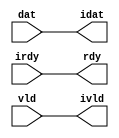

//------> /usr/cadtool/mentor/Catapult/2024.1/Mgc_home/pkgs/siflibs/ccs_in_wait_v1.v 
//------------------------------------------------------------------------------
// Catapult Synthesis - Sample I/O Port Library
//
// Copyright (c) 2003-2017 Mentor Graphics Corp.
//       All Rights Reserved
//
// This document may be used and distributed without restriction provided that
// this copyright statement is not removed from the file and that any derivative
// work contains this copyright notice.
//
// The design information contained in this file is intended to be an example
// of the functionality which the end user may study in preparation for creating
// their own custom interfaces. This design does not necessarily present a 
// complete implementation of the named protocol or standard.
//
//------------------------------------------------------------------------------


module ccs_in_wait_v1 (idat, rdy, ivld, dat, irdy, vld);

  parameter integer rscid = 1;
  parameter integer width = 8;

  output [width-1:0] idat;
  output             rdy;
  output             ivld;
  input  [width-1:0] dat;
  input              irdy;
  input              vld;

  wire   [width-1:0] idat;
  wire               rdy;
  wire               ivld;

  localparam stallOff = 0; 
  wire                  stall_ctrl;
  assign stall_ctrl = stallOff;

  assign idat = dat;
  assign rdy = irdy && !stall_ctrl;
  assign ivld = vld && !stall_ctrl;

endmodule


//------> /usr/cadtool/mentor/Catapult/2024.1/Mgc_home/pkgs/siflibs/ccs_out_wait_v1.v 
//------------------------------------------------------------------------------
// Catapult Synthesis - Sample I/O Port Library
//
// Copyright (c) 2003-2017 Mentor Graphics Corp.
//       All Rights Reserved
//
// This document may be used and distributed without restriction provided that
// this copyright statement is not removed from the file and that any derivative
// work contains this copyright notice.
//
// The design information contained in this file is intended to be an example
// of the functionality which the end user may study in preparation for creating
// their own custom interfaces. This design does not necessarily present a 
// complete implementation of the named protocol or standard.
//
//------------------------------------------------------------------------------


module ccs_out_wait_v1 (dat, irdy, vld, idat, rdy, ivld);

  parameter integer rscid = 1;
  parameter integer width = 8;

  output [width-1:0] dat;
  output             irdy;
  output             vld;
  input  [width-1:0] idat;
  input              rdy;
  input              ivld;

  wire   [width-1:0] dat;
  wire               irdy;
  wire               vld;

  localparam stallOff = 0; 
  wire stall_ctrl;
  assign stall_ctrl = stallOff;

  assign dat = idat;
  assign irdy = rdy && !stall_ctrl;
  assign vld = ivld && !stall_ctrl;

endmodule



//------> ./rtl.v 
// ----------------------------------------------------------------------
//  HLS HDL:        Verilog Netlister
//  HLS Version:    2024.1/1091966 Production Release
//  HLS Date:       Wed Feb 14 09:07:18 PST 2024
// 
//  Generated by:   m111061545@ws41
//  Generated date: Sun Apr  7 21:39:48 2024
// ----------------------------------------------------------------------

// 
// ------------------------------------------------------------------
//  Design Unit:    fir_run_run_fsm
//  FSM Module
// ------------------------------------------------------------------


module fir_run_run_fsm (
  clk, rst, run_wen, fsm_output, SHIFT_C_0_tr0
);
  input clk;
  input rst;
  input run_wen;
  output [2:0] fsm_output;
  reg [2:0] fsm_output;
  input SHIFT_C_0_tr0;


  // FSM State Type Declaration for fir_run_run_fsm_1
  parameter
    main_C_0 = 2'd0,
    SHIFT_C_0 = 2'd1,
    main_C_1 = 2'd2;

  reg [1:0] state_var;
  reg [1:0] state_var_NS;


  // Interconnect Declarations for Component Instantiations 
  always @(*)
  begin : fir_run_run_fsm_1
    case (state_var)
      SHIFT_C_0 : begin
        fsm_output = 3'b010;
        if ( SHIFT_C_0_tr0 ) begin
          state_var_NS = main_C_1;
        end
        else begin
          state_var_NS = SHIFT_C_0;
        end
      end
      main_C_1 : begin
        fsm_output = 3'b100;
        state_var_NS = main_C_0;
      end
      // main_C_0
      default : begin
        fsm_output = 3'b001;
        state_var_NS = SHIFT_C_0;
      end
    endcase
  end

  always @(posedge clk) begin
    if ( rst ) begin
      state_var <= main_C_0;
    end
    else if ( run_wen ) begin
      state_var <= state_var_NS;
    end
  end

endmodule

// ------------------------------------------------------------------
//  Design Unit:    fir_run_staller
// ------------------------------------------------------------------


module fir_run_staller (
  run_wen, input_rsci_wen_comp, output_rsci_wen_comp
);
  output run_wen;
  input input_rsci_wen_comp;
  input output_rsci_wen_comp;



  // Interconnect Declarations for Component Instantiations 
  assign run_wen = input_rsci_wen_comp & output_rsci_wen_comp;
endmodule

// ------------------------------------------------------------------
//  Design Unit:    fir_run_output_rsci_output_wait_ctrl
// ------------------------------------------------------------------


module fir_run_output_rsci_output_wait_ctrl (
  output_rsci_iswt0, output_rsci_biwt, output_rsci_irdy
);
  input output_rsci_iswt0;
  output output_rsci_biwt;
  input output_rsci_irdy;



  // Interconnect Declarations for Component Instantiations 
  assign output_rsci_biwt = output_rsci_iswt0 & output_rsci_irdy;
endmodule

// ------------------------------------------------------------------
//  Design Unit:    fir_run_input_rsci_input_wait_ctrl
// ------------------------------------------------------------------


module fir_run_input_rsci_input_wait_ctrl (
  input_rsci_iswt0, input_rsci_biwt, input_rsci_ivld
);
  input input_rsci_iswt0;
  output input_rsci_biwt;
  input input_rsci_ivld;



  // Interconnect Declarations for Component Instantiations 
  assign input_rsci_biwt = input_rsci_iswt0 & input_rsci_ivld;
endmodule

// ------------------------------------------------------------------
//  Design Unit:    decimator_run_run_fsm
//  FSM Module
// ------------------------------------------------------------------


module decimator_run_run_fsm (
  clk, rst, run_wen, fsm_output
);
  input clk;
  input rst;
  input run_wen;
  output [2:0] fsm_output;
  reg [2:0] fsm_output;


  // FSM State Type Declaration for decimator_run_run_fsm_1
  parameter
    run_rlp_C_0 = 2'd0,
    main_C_0 = 2'd1,
    main_C_1 = 2'd2;

  reg [1:0] state_var;
  reg [1:0] state_var_NS;


  // Interconnect Declarations for Component Instantiations 
  always @(*)
  begin : decimator_run_run_fsm_1
    case (state_var)
      main_C_0 : begin
        fsm_output = 3'b010;
        state_var_NS = main_C_1;
      end
      main_C_1 : begin
        fsm_output = 3'b100;
        state_var_NS = main_C_0;
      end
      // run_rlp_C_0
      default : begin
        fsm_output = 3'b001;
        state_var_NS = main_C_0;
      end
    endcase
  end

  always @(posedge clk) begin
    if ( rst ) begin
      state_var <= run_rlp_C_0;
    end
    else if ( run_wen ) begin
      state_var <= state_var_NS;
    end
  end

endmodule

// ------------------------------------------------------------------
//  Design Unit:    decimator_run_staller
// ------------------------------------------------------------------


module decimator_run_staller (
  run_wen, din_rsci_wen_comp, dout_rsci_wen_comp
);
  output run_wen;
  input din_rsci_wen_comp;
  input dout_rsci_wen_comp;



  // Interconnect Declarations for Component Instantiations 
  assign run_wen = din_rsci_wen_comp & dout_rsci_wen_comp;
endmodule

// ------------------------------------------------------------------
//  Design Unit:    decimator_run_dout_rsci_dout_wait_ctrl
// ------------------------------------------------------------------


module decimator_run_dout_rsci_dout_wait_ctrl (
  dout_rsci_iswt0, dout_rsci_biwt, dout_rsci_irdy
);
  input dout_rsci_iswt0;
  output dout_rsci_biwt;
  input dout_rsci_irdy;



  // Interconnect Declarations for Component Instantiations 
  assign dout_rsci_biwt = dout_rsci_iswt0 & dout_rsci_irdy;
endmodule

// ------------------------------------------------------------------
//  Design Unit:    decimator_run_din_rsci_din_wait_ctrl
// ------------------------------------------------------------------


module decimator_run_din_rsci_din_wait_ctrl (
  din_rsci_iswt0, din_rsci_biwt, din_rsci_ivld
);
  input din_rsci_iswt0;
  output din_rsci_biwt;
  input din_rsci_ivld;



  // Interconnect Declarations for Component Instantiations 
  assign din_rsci_biwt = din_rsci_iswt0 & din_rsci_ivld;
endmodule

// ------------------------------------------------------------------
//  Design Unit:    fir_run_output_rsci
// ------------------------------------------------------------------


module fir_run_output_rsci (
  output_rsc_dat, output_rsc_vld, output_rsc_rdy, output_rsci_oswt, output_rsci_wen_comp,
      output_rsci_idat
);
  output [7:0] output_rsc_dat;
  output output_rsc_vld;
  input output_rsc_rdy;
  input output_rsci_oswt;
  output output_rsci_wen_comp;
  input [7:0] output_rsci_idat;


  // Interconnect Declarations
  wire output_rsci_biwt;
  wire output_rsci_irdy;


  // Interconnect Declarations for Component Instantiations 
  ccs_out_wait_v1 #(.rscid(32'sd3),
  .width(32'sd8)) output_rsci (
      .irdy(output_rsci_irdy),
      .ivld(output_rsci_oswt),
      .idat(output_rsci_idat),
      .rdy(output_rsc_rdy),
      .vld(output_rsc_vld),
      .dat(output_rsc_dat)
    );
  fir_run_output_rsci_output_wait_ctrl fir_run_output_rsci_output_wait_ctrl_inst
      (
      .output_rsci_iswt0(output_rsci_oswt),
      .output_rsci_biwt(output_rsci_biwt),
      .output_rsci_irdy(output_rsci_irdy)
    );
  assign output_rsci_wen_comp = (~ output_rsci_oswt) | output_rsci_biwt;
endmodule

// ------------------------------------------------------------------
//  Design Unit:    fir_run_input_rsci
// ------------------------------------------------------------------


module fir_run_input_rsci (
  input_rsc_dat, input_rsc_vld, input_rsc_rdy, input_rsci_oswt, input_rsci_wen_comp,
      input_rsci_idat_mxwt
);
  input [7:0] input_rsc_dat;
  input input_rsc_vld;
  output input_rsc_rdy;
  input input_rsci_oswt;
  output input_rsci_wen_comp;
  output [7:0] input_rsci_idat_mxwt;


  // Interconnect Declarations
  wire input_rsci_biwt;
  wire input_rsci_ivld;
  wire [7:0] input_rsci_idat;


  // Interconnect Declarations for Component Instantiations 
  ccs_in_wait_v1 #(.rscid(32'sd1),
  .width(32'sd8)) input_rsci (
      .rdy(input_rsc_rdy),
      .vld(input_rsc_vld),
      .dat(input_rsc_dat),
      .irdy(input_rsci_oswt),
      .ivld(input_rsci_ivld),
      .idat(input_rsci_idat)
    );
  fir_run_input_rsci_input_wait_ctrl fir_run_input_rsci_input_wait_ctrl_inst (
      .input_rsci_iswt0(input_rsci_oswt),
      .input_rsci_biwt(input_rsci_biwt),
      .input_rsci_ivld(input_rsci_ivld)
    );
  assign input_rsci_idat_mxwt = input_rsci_idat;
  assign input_rsci_wen_comp = (~ input_rsci_oswt) | input_rsci_biwt;
endmodule

// ------------------------------------------------------------------
//  Design Unit:    decimator_run_dout_rsci
// ------------------------------------------------------------------


module decimator_run_dout_rsci (
  dout_rsc_dat, dout_rsc_vld, dout_rsc_rdy, dout_rsci_oswt, dout_rsci_wen_comp, dout_rsci_idat
);
  output [7:0] dout_rsc_dat;
  output dout_rsc_vld;
  input dout_rsc_rdy;
  input dout_rsci_oswt;
  output dout_rsci_wen_comp;
  input [7:0] dout_rsci_idat;


  // Interconnect Declarations
  wire dout_rsci_biwt;
  wire dout_rsci_irdy;


  // Interconnect Declarations for Component Instantiations 
  ccs_out_wait_v1 #(.rscid(32'sd6),
  .width(32'sd8)) dout_rsci (
      .irdy(dout_rsci_irdy),
      .ivld(dout_rsci_oswt),
      .idat(dout_rsci_idat),
      .rdy(dout_rsc_rdy),
      .vld(dout_rsc_vld),
      .dat(dout_rsc_dat)
    );
  decimator_run_dout_rsci_dout_wait_ctrl decimator_run_dout_rsci_dout_wait_ctrl_inst
      (
      .dout_rsci_iswt0(dout_rsci_oswt),
      .dout_rsci_biwt(dout_rsci_biwt),
      .dout_rsci_irdy(dout_rsci_irdy)
    );
  assign dout_rsci_wen_comp = (~ dout_rsci_oswt) | dout_rsci_biwt;
endmodule

// ------------------------------------------------------------------
//  Design Unit:    decimator_run_din_rsci
// ------------------------------------------------------------------


module decimator_run_din_rsci (
  din_rsc_dat, din_rsc_vld, din_rsc_rdy, din_rsci_oswt, din_rsci_wen_comp, din_rsci_idat_mxwt
);
  input [7:0] din_rsc_dat;
  input din_rsc_vld;
  output din_rsc_rdy;
  input din_rsci_oswt;
  output din_rsci_wen_comp;
  output [7:0] din_rsci_idat_mxwt;


  // Interconnect Declarations
  wire din_rsci_biwt;
  wire din_rsci_ivld;
  wire [7:0] din_rsci_idat;


  // Interconnect Declarations for Component Instantiations 
  ccs_in_wait_v1 #(.rscid(32'sd5),
  .width(32'sd8)) din_rsci (
      .rdy(din_rsc_rdy),
      .vld(din_rsc_vld),
      .dat(din_rsc_dat),
      .irdy(din_rsci_oswt),
      .ivld(din_rsci_ivld),
      .idat(din_rsci_idat)
    );
  decimator_run_din_rsci_din_wait_ctrl decimator_run_din_rsci_din_wait_ctrl_inst
      (
      .din_rsci_iswt0(din_rsci_oswt),
      .din_rsci_biwt(din_rsci_biwt),
      .din_rsci_ivld(din_rsci_ivld)
    );
  assign din_rsci_idat_mxwt = din_rsci_idat;
  assign din_rsci_wen_comp = (~ din_rsci_oswt) | din_rsci_biwt;
endmodule

// ------------------------------------------------------------------
//  Design Unit:    fir_run
// ------------------------------------------------------------------


module fir_run (
  clk, rst, input_rsc_dat, input_rsc_vld, input_rsc_rdy, coeffs, output_rsc_dat,
      output_rsc_vld, output_rsc_rdy
);
  input clk;
  input rst;
  input [7:0] input_rsc_dat;
  input input_rsc_vld;
  output input_rsc_rdy;
  input [63:0] coeffs;
  output [7:0] output_rsc_dat;
  output output_rsc_vld;
  input output_rsc_rdy;


  // Interconnect Declarations
  wire run_wen;
  wire input_rsci_wen_comp;
  wire [7:0] input_rsci_idat_mxwt;
  wire output_rsci_wen_comp;
  reg [7:0] output_rsci_idat;
  wire [2:0] fsm_output;
  wire [3:0] SHIFT_acc_1_tmp;
  wire [4:0] nl_SHIFT_acc_1_tmp;
  wire or_dcpl_5;
  wire or_dcpl_6;
  wire or_dcpl_7;
  wire or_dcpl_8;
  wire or_dcpl_9;
  wire or_dcpl_10;
  wire or_dcpl_11;
  wire or_dcpl_12;
  wire or_dcpl_14;
  wire or_dcpl_16;
  reg [2:0] SHIFT_i_3_0_sva_2_0;
  reg reg_input_rsci_oswt_cse;
  reg reg_output_rsci_iswt0_cse;
  wire MAC_and_m1c;
  wire MAC_and_m1c_1;
  wire MAC_and_m1c_2;
  wire MAC_and_m1c_3;
  wire MAC_and_m1c_4;
  wire MAC_and_m1c_5;
  wire or_13_cse;
  reg [2:0] MAC_i_3_0_sva_2_0;
  wire MAC_and_12_m1c;
  reg [7:0] regs_0_lpi_2;
  reg [7:0] regs_3_lpi_2;
  reg [7:0] regs_4_lpi_2;
  reg [7:0] regs_2_lpi_2;
  reg [7:0] regs_5_lpi_2;
  reg [7:0] regs_1_lpi_2;
  reg [7:0] regs_6_lpi_2;
  reg [7:0] regs_7_lpi_2;
  reg [18:0] temp_sva;
  wire [7:0] regs_0_lpi_2_mx1;
  wire [18:0] temp_sva_2;
  wire [19:0] nl_temp_sva_2;
  wire [7:0] SHIFT_else_SHIFT_else_slc_regs_8_7_0_1_ctmp_sva_1;
  wire [3:0] MAC_i_3_0_sva_2;
  wire [4:0] nl_MAC_i_3_0_sva_2;
  wire and_35_cse;

  wire not_22_nl;
  wire not_31_nl;
  wire or_15_nl;
  wire[15:0] MAC_mul_nl;
  wire[7:0] MAC_mux_nl;
  wire[7:0] MAC_MAC_mux1h_nl;
  wire MAC_nor_nl;
  wire MAC_or_nl;
  wire MAC_and_6_nl;
  wire MAC_and_7_nl;
  wire MAC_and_8_nl;
  wire MAC_and_9_nl;
  wire MAC_and_10_nl;
  wire MAC_and_11_nl;
  wire MAC_and_20_nl;
  wire signed [15:0] nl_MAC_mul_sgnd;

  // Interconnect Declarations for Component Instantiations 
  fir_run_input_rsci fir_run_input_rsci_inst (
      .input_rsc_dat(input_rsc_dat),
      .input_rsc_vld(input_rsc_vld),
      .input_rsc_rdy(input_rsc_rdy),
      .input_rsci_oswt(reg_input_rsci_oswt_cse),
      .input_rsci_wen_comp(input_rsci_wen_comp),
      .input_rsci_idat_mxwt(input_rsci_idat_mxwt)
    );
  fir_run_output_rsci fir_run_output_rsci_inst (
      .output_rsc_dat(output_rsc_dat),
      .output_rsc_vld(output_rsc_vld),
      .output_rsc_rdy(output_rsc_rdy),
      .output_rsci_oswt(reg_output_rsci_iswt0_cse),
      .output_rsci_wen_comp(output_rsci_wen_comp),
      .output_rsci_idat(output_rsci_idat)
    );
  fir_run_staller fir_run_staller_inst (
      .run_wen(run_wen),
      .input_rsci_wen_comp(input_rsci_wen_comp),
      .output_rsci_wen_comp(output_rsci_wen_comp)
    );
  fir_run_run_fsm fir_run_run_fsm_inst (
      .clk(clk),
      .rst(rst),
      .run_wen(run_wen),
      .fsm_output(fsm_output),
      .SHIFT_C_0_tr0(and_35_cse)
    );
  assign or_13_cse = or_dcpl_5 | (~ (SHIFT_i_3_0_sva_2_0[1]));
  assign and_35_cse = (MAC_i_3_0_sva_2[3]) & (SHIFT_acc_1_tmp[3]);
  assign or_15_nl = or_dcpl_11 | (SHIFT_i_3_0_sva_2_0[1]);
  assign regs_0_lpi_2_mx1 = MUX_v_8_2_2(input_rsci_idat_mxwt, regs_0_lpi_2, or_15_nl);
  assign MAC_and_m1c = (MAC_i_3_0_sva_2_0==3'b001);
  assign MAC_and_m1c_1 = (MAC_i_3_0_sva_2_0==3'b010);
  assign MAC_and_m1c_2 = (MAC_i_3_0_sva_2_0==3'b011);
  assign MAC_and_m1c_3 = (MAC_i_3_0_sva_2_0==3'b100);
  assign MAC_and_m1c_4 = (MAC_i_3_0_sva_2_0==3'b101);
  assign MAC_and_m1c_5 = (MAC_i_3_0_sva_2_0==3'b110);
  assign MAC_and_12_m1c = (MAC_i_3_0_sva_2_0==3'b111);
  assign MAC_mux_nl = MUX_v_8_8_2((coeffs[7:0]), (coeffs[15:8]), (coeffs[23:16]),
      (coeffs[31:24]), (coeffs[39:32]), (coeffs[47:40]), (coeffs[55:48]), (coeffs[63:56]),
      MAC_i_3_0_sva_2_0);
  assign MAC_nor_nl = ~((MAC_i_3_0_sva_2_0!=3'b000));
  assign MAC_or_nl = ((~ or_dcpl_8) & MAC_and_m1c) | ((~ or_dcpl_12) & MAC_and_m1c_1)
      | ((~ or_dcpl_14) & MAC_and_m1c_2) | ((~ or_dcpl_16) & MAC_and_m1c_3) | ((~
      or_dcpl_6) & MAC_and_m1c_4) | ((~ or_dcpl_10) & MAC_and_m1c_5) | ((~ or_13_cse)
      & MAC_and_12_m1c);
  assign MAC_and_6_nl = or_dcpl_8 & MAC_and_m1c;
  assign MAC_and_7_nl = or_dcpl_12 & MAC_and_m1c_1;
  assign MAC_and_8_nl = or_dcpl_14 & MAC_and_m1c_2;
  assign MAC_and_9_nl = or_dcpl_16 & MAC_and_m1c_3;
  assign MAC_and_10_nl = or_dcpl_6 & MAC_and_m1c_4;
  assign MAC_and_11_nl = or_dcpl_10 & MAC_and_m1c_5;
  assign MAC_and_20_nl = or_13_cse & MAC_and_12_m1c;
  assign MAC_MAC_mux1h_nl = MUX1HOT_v_8_9_2(regs_0_lpi_2_mx1, SHIFT_else_SHIFT_else_slc_regs_8_7_0_1_ctmp_sva_1,
      regs_1_lpi_2, regs_2_lpi_2, regs_3_lpi_2, regs_4_lpi_2, regs_5_lpi_2, regs_6_lpi_2,
      regs_7_lpi_2, {MAC_nor_nl , MAC_or_nl , MAC_and_6_nl , MAC_and_7_nl , MAC_and_8_nl
      , MAC_and_9_nl , MAC_and_10_nl , MAC_and_11_nl , MAC_and_20_nl});
  assign nl_MAC_mul_sgnd = $signed(MAC_mux_nl) * $signed(MAC_MAC_mux1h_nl);
  assign MAC_mul_nl = $unsigned(nl_MAC_mul_sgnd);
  assign nl_temp_sva_2 = temp_sva + conv_s2s_16_19(MAC_mul_nl);
  assign temp_sva_2 = nl_temp_sva_2[18:0];
  assign SHIFT_else_SHIFT_else_slc_regs_8_7_0_1_ctmp_sva_1 = MUX_v_8_8_2x0(regs_0_lpi_2,
      regs_1_lpi_2, regs_2_lpi_2, regs_3_lpi_2, regs_4_lpi_2, regs_5_lpi_2, regs_6_lpi_2,
      SHIFT_i_3_0_sva_2_0);
  assign nl_SHIFT_acc_1_tmp = conv_u2s_3_4(SHIFT_i_3_0_sva_2_0) + 4'b1111;
  assign SHIFT_acc_1_tmp = nl_SHIFT_acc_1_tmp[3:0];
  assign nl_MAC_i_3_0_sva_2 = conv_u2s_3_4(MAC_i_3_0_sva_2_0) + 4'b1111;
  assign MAC_i_3_0_sva_2 = nl_MAC_i_3_0_sva_2[3:0];
  assign or_dcpl_5 = ~((SHIFT_i_3_0_sva_2_0[2]) & (SHIFT_i_3_0_sva_2_0[0]));
  assign or_dcpl_6 = or_dcpl_5 | (SHIFT_i_3_0_sva_2_0[1]);
  assign or_dcpl_7 = (SHIFT_i_3_0_sva_2_0[2]) | (~ (SHIFT_i_3_0_sva_2_0[0]));
  assign or_dcpl_8 = or_dcpl_7 | (SHIFT_i_3_0_sva_2_0[1]);
  assign or_dcpl_9 = (~ (SHIFT_i_3_0_sva_2_0[2])) | (SHIFT_i_3_0_sva_2_0[0]);
  assign or_dcpl_10 = or_dcpl_9 | (~ (SHIFT_i_3_0_sva_2_0[1]));
  assign or_dcpl_11 = (SHIFT_i_3_0_sva_2_0[2]) | (SHIFT_i_3_0_sva_2_0[0]);
  assign or_dcpl_12 = or_dcpl_11 | (~ (SHIFT_i_3_0_sva_2_0[1]));
  assign or_dcpl_14 = or_dcpl_7 | (~ (SHIFT_i_3_0_sva_2_0[1]));
  assign or_dcpl_16 = or_dcpl_9 | (SHIFT_i_3_0_sva_2_0[1]);
  always @(posedge clk) begin
    if ( rst ) begin
      reg_input_rsci_oswt_cse <= 1'b0;
      SHIFT_i_3_0_sva_2_0 <= 3'b000;
      MAC_i_3_0_sva_2_0 <= 3'b000;
      temp_sva <= 19'b0000000000000000000;
      reg_output_rsci_iswt0_cse <= 1'b0;
    end
    else if ( run_wen ) begin
      reg_input_rsci_oswt_cse <= (~((SHIFT_acc_1_tmp[0]) | and_35_cse)) & (SHIFT_acc_1_tmp[2:1]==2'b00)
          & (fsm_output[1]);
      SHIFT_i_3_0_sva_2_0 <= MUX_v_3_2_2((SHIFT_acc_1_tmp[2:0]), 3'b111, not_22_nl);
      MAC_i_3_0_sva_2_0 <= MUX_v_3_2_2((MAC_i_3_0_sva_2[2:0]), 3'b111, not_31_nl);
      temp_sva <= MUX_v_19_2_2(19'b0000000000000000000, temp_sva_2, (fsm_output[1]));
      reg_output_rsci_iswt0_cse <= and_35_cse & (fsm_output[1]);
    end
  end
  always @(posedge clk) begin
    if ( rst ) begin
      regs_5_lpi_2 <= 8'b00000000;
    end
    else if ( run_wen & (~(or_dcpl_6 | (~ (fsm_output[1])))) ) begin
      regs_5_lpi_2 <= SHIFT_else_SHIFT_else_slc_regs_8_7_0_1_ctmp_sva_1;
    end
  end
  always @(posedge clk) begin
    if ( rst ) begin
      regs_1_lpi_2 <= 8'b00000000;
    end
    else if ( run_wen & (~(or_dcpl_8 | (~ (fsm_output[1])))) ) begin
      regs_1_lpi_2 <= SHIFT_else_SHIFT_else_slc_regs_8_7_0_1_ctmp_sva_1;
    end
  end
  always @(posedge clk) begin
    if ( rst ) begin
      regs_6_lpi_2 <= 8'b00000000;
    end
    else if ( run_wen & (~(or_dcpl_10 | (~ (fsm_output[1])))) ) begin
      regs_6_lpi_2 <= SHIFT_else_SHIFT_else_slc_regs_8_7_0_1_ctmp_sva_1;
    end
  end
  always @(posedge clk) begin
    if ( rst ) begin
      regs_2_lpi_2 <= 8'b00000000;
    end
    else if ( run_wen & (~(or_dcpl_12 | (~ (fsm_output[1])))) ) begin
      regs_2_lpi_2 <= SHIFT_else_SHIFT_else_slc_regs_8_7_0_1_ctmp_sva_1;
    end
  end
  always @(posedge clk) begin
    if ( rst ) begin
      regs_7_lpi_2 <= 8'b00000000;
    end
    else if ( run_wen & (~ or_13_cse) & (~(((SHIFT_acc_1_tmp[2:0]==3'b111)) | and_35_cse))
        ) begin
      regs_7_lpi_2 <= SHIFT_else_SHIFT_else_slc_regs_8_7_0_1_ctmp_sva_1;
    end
  end
  always @(posedge clk) begin
    if ( rst ) begin
      regs_3_lpi_2 <= 8'b00000000;
    end
    else if ( run_wen & (~(or_dcpl_14 | (~ (fsm_output[1])))) ) begin
      regs_3_lpi_2 <= SHIFT_else_SHIFT_else_slc_regs_8_7_0_1_ctmp_sva_1;
    end
  end
  always @(posedge clk) begin
    if ( rst ) begin
      regs_0_lpi_2 <= 8'b00000000;
    end
    else if ( ((SHIFT_acc_1_tmp[2:0]!=3'b000) | and_35_cse) & (fsm_output[1]) & run_wen
        & (SHIFT_i_3_0_sva_2_0==3'b000) ) begin
      regs_0_lpi_2 <= regs_0_lpi_2_mx1;
    end
  end
  always @(posedge clk) begin
    if ( rst ) begin
      regs_4_lpi_2 <= 8'b00000000;
    end
    else if ( run_wen & (~(or_dcpl_16 | (~ (fsm_output[1])))) ) begin
      regs_4_lpi_2 <= SHIFT_else_SHIFT_else_slc_regs_8_7_0_1_ctmp_sva_1;
    end
  end
  always @(posedge clk) begin
    if ( rst ) begin
      output_rsci_idat <= 8'b00000000;
    end
    else if ( run_wen & and_35_cse & (fsm_output[1]) ) begin
      output_rsci_idat <= temp_sva_2[18:11];
    end
  end
  assign not_22_nl = ~ (fsm_output[1]);
  assign not_31_nl = ~ (fsm_output[1]);

  function automatic [7:0] MUX1HOT_v_8_9_2;
    input [7:0] input_8;
    input [7:0] input_7;
    input [7:0] input_6;
    input [7:0] input_5;
    input [7:0] input_4;
    input [7:0] input_3;
    input [7:0] input_2;
    input [7:0] input_1;
    input [7:0] input_0;
    input [8:0] sel;
    reg [7:0] result;
  begin
    result = input_0 & {8{sel[0]}};
    result = result | (input_1 & {8{sel[1]}});
    result = result | (input_2 & {8{sel[2]}});
    result = result | (input_3 & {8{sel[3]}});
    result = result | (input_4 & {8{sel[4]}});
    result = result | (input_5 & {8{sel[5]}});
    result = result | (input_6 & {8{sel[6]}});
    result = result | (input_7 & {8{sel[7]}});
    result = result | (input_8 & {8{sel[8]}});
    MUX1HOT_v_8_9_2 = result;
  end
  endfunction


  function automatic [18:0] MUX_v_19_2_2;
    input [18:0] input_0;
    input [18:0] input_1;
    input  sel;
    reg [18:0] result;
  begin
    case (sel)
      1'b0 : begin
        result = input_0;
      end
      default : begin
        result = input_1;
      end
    endcase
    MUX_v_19_2_2 = result;
  end
  endfunction


  function automatic [2:0] MUX_v_3_2_2;
    input [2:0] input_0;
    input [2:0] input_1;
    input  sel;
    reg [2:0] result;
  begin
    case (sel)
      1'b0 : begin
        result = input_0;
      end
      default : begin
        result = input_1;
      end
    endcase
    MUX_v_3_2_2 = result;
  end
  endfunction


  function automatic [7:0] MUX_v_8_2_2;
    input [7:0] input_0;
    input [7:0] input_1;
    input  sel;
    reg [7:0] result;
  begin
    case (sel)
      1'b0 : begin
        result = input_0;
      end
      default : begin
        result = input_1;
      end
    endcase
    MUX_v_8_2_2 = result;
  end
  endfunction


  function automatic [7:0] MUX_v_8_8_2;
    input [7:0] input_0;
    input [7:0] input_1;
    input [7:0] input_2;
    input [7:0] input_3;
    input [7:0] input_4;
    input [7:0] input_5;
    input [7:0] input_6;
    input [7:0] input_7;
    input [2:0] sel;
    reg [7:0] result;
  begin
    case (sel)
      3'b000 : begin
        result = input_0;
      end
      3'b001 : begin
        result = input_1;
      end
      3'b010 : begin
        result = input_2;
      end
      3'b011 : begin
        result = input_3;
      end
      3'b100 : begin
        result = input_4;
      end
      3'b101 : begin
        result = input_5;
      end
      3'b110 : begin
        result = input_6;
      end
      default : begin
        result = input_7;
      end
    endcase
    MUX_v_8_8_2 = result;
  end
  endfunction


  function automatic [7:0] MUX_v_8_8_2x0;
    input [7:0] input_1;
    input [7:0] input_2;
    input [7:0] input_3;
    input [7:0] input_4;
    input [7:0] input_5;
    input [7:0] input_6;
    input [7:0] input_7;
    input [2:0] sel;
    reg [7:0] result;
  begin
    case (sel)
      3'b001 : begin
        result = input_1;
      end
      3'b010 : begin
        result = input_2;
      end
      3'b011 : begin
        result = input_3;
      end
      3'b100 : begin
        result = input_4;
      end
      3'b101 : begin
        result = input_5;
      end
      3'b110 : begin
        result = input_6;
      end
      default : begin
        result = input_7;
      end
    endcase
    MUX_v_8_8_2x0 = result;
  end
  endfunction


  function automatic [18:0] conv_s2s_16_19 ;
    input [15:0]  vector ;
  begin
    conv_s2s_16_19 = {{3{vector[15]}}, vector};
  end
  endfunction


  function automatic [3:0] conv_u2s_3_4 ;
    input [2:0]  vector ;
  begin
    conv_u2s_3_4 =  {1'b0, vector};
  end
  endfunction

endmodule

// ------------------------------------------------------------------
//  Design Unit:    decimator_run
// ------------------------------------------------------------------


module decimator_run (
  clk, rst, din_rsc_dat, din_rsc_vld, din_rsc_rdy, dout_rsc_dat, dout_rsc_vld, dout_rsc_rdy
);
  input clk;
  input rst;
  input [7:0] din_rsc_dat;
  input din_rsc_vld;
  output din_rsc_rdy;
  output [7:0] dout_rsc_dat;
  output dout_rsc_vld;
  input dout_rsc_rdy;


  // Interconnect Declarations
  wire run_wen;
  wire din_rsci_wen_comp;
  wire [7:0] din_rsci_idat_mxwt;
  wire dout_rsci_wen_comp;
  reg [7:0] dout_rsci_idat;
  wire [2:0] fsm_output;
  wire equal_tmp;
  reg reg_dout_rsci_iswt0_cse;
  reg reg_din_rsci_iswt0_cse;
  reg [1:0] count_2_0_sva_1_0;
  wire [2:0] nl_count_2_0_sva_1_0;


  // Interconnect Declarations for Component Instantiations 
  decimator_run_din_rsci decimator_run_din_rsci_inst (
      .din_rsc_dat(din_rsc_dat),
      .din_rsc_vld(din_rsc_vld),
      .din_rsc_rdy(din_rsc_rdy),
      .din_rsci_oswt(reg_din_rsci_iswt0_cse),
      .din_rsci_wen_comp(din_rsci_wen_comp),
      .din_rsci_idat_mxwt(din_rsci_idat_mxwt)
    );
  decimator_run_dout_rsci decimator_run_dout_rsci_inst (
      .dout_rsc_dat(dout_rsc_dat),
      .dout_rsc_vld(dout_rsc_vld),
      .dout_rsc_rdy(dout_rsc_rdy),
      .dout_rsci_oswt(reg_dout_rsci_iswt0_cse),
      .dout_rsci_wen_comp(dout_rsci_wen_comp),
      .dout_rsci_idat(dout_rsci_idat)
    );
  decimator_run_staller decimator_run_staller_inst (
      .run_wen(run_wen),
      .din_rsci_wen_comp(din_rsci_wen_comp),
      .dout_rsci_wen_comp(dout_rsci_wen_comp)
    );
  decimator_run_run_fsm decimator_run_run_fsm_inst (
      .clk(clk),
      .rst(rst),
      .run_wen(run_wen),
      .fsm_output(fsm_output)
    );
  assign equal_tmp = ~((count_2_0_sva_1_0!=2'b00));
  always @(posedge clk) begin
    if ( rst ) begin
      dout_rsci_idat <= 8'b00000000;
    end
    else if ( run_wen & equal_tmp & (fsm_output[1]) ) begin
      dout_rsci_idat <= din_rsci_idat_mxwt;
    end
  end
  always @(posedge clk) begin
    if ( rst ) begin
      reg_dout_rsci_iswt0_cse <= 1'b0;
      reg_din_rsci_iswt0_cse <= 1'b0;
    end
    else if ( run_wen ) begin
      reg_dout_rsci_iswt0_cse <= equal_tmp & (fsm_output[1]);
      reg_din_rsci_iswt0_cse <= ~ (fsm_output[1]);
    end
  end
  always @(posedge clk) begin
    if ( rst ) begin
      count_2_0_sva_1_0 <= 2'b00;
    end
    else if ( run_wen & (fsm_output[1]) ) begin
      count_2_0_sva_1_0 <= nl_count_2_0_sva_1_0[1:0];
    end
  end
  assign nl_count_2_0_sva_1_0  = count_2_0_sva_1_0 + 2'b01;
endmodule

// ------------------------------------------------------------------
//  Design Unit:    fir
// ------------------------------------------------------------------


module fir (
  clk, rst, input_rsc_dat, input_rsc_vld, input_rsc_rdy, coeffs, output_rsc_dat,
      output_rsc_vld, output_rsc_rdy
);
  input clk;
  input rst;
  input [7:0] input_rsc_dat;
  input input_rsc_vld;
  output input_rsc_rdy;
  input [63:0] coeffs;
  output [7:0] output_rsc_dat;
  output output_rsc_vld;
  input output_rsc_rdy;



  // Interconnect Declarations for Component Instantiations 
  fir_run fir_run_inst (
      .clk(clk),
      .rst(rst),
      .input_rsc_dat(input_rsc_dat),
      .input_rsc_vld(input_rsc_vld),
      .input_rsc_rdy(input_rsc_rdy),
      .coeffs(coeffs),
      .output_rsc_dat(output_rsc_dat),
      .output_rsc_vld(output_rsc_vld),
      .output_rsc_rdy(output_rsc_rdy)
    );
endmodule

// ------------------------------------------------------------------
//  Design Unit:    decimator
// ------------------------------------------------------------------


module decimator (
  clk, rst, din_rsc_dat, din_rsc_vld, din_rsc_rdy, dout_rsc_dat, dout_rsc_vld, dout_rsc_rdy
);
  input clk;
  input rst;
  input [7:0] din_rsc_dat;
  input din_rsc_vld;
  output din_rsc_rdy;
  output [7:0] dout_rsc_dat;
  output dout_rsc_vld;
  input dout_rsc_rdy;



  // Interconnect Declarations for Component Instantiations 
  decimator_run decimator_run_inst (
      .clk(clk),
      .rst(rst),
      .din_rsc_dat(din_rsc_dat),
      .din_rsc_vld(din_rsc_vld),
      .din_rsc_rdy(din_rsc_rdy),
      .dout_rsc_dat(dout_rsc_dat),
      .dout_rsc_vld(dout_rsc_vld),
      .dout_rsc_rdy(dout_rsc_rdy)
    );
endmodule

// ------------------------------------------------------------------
//  Design Unit:    top
// ------------------------------------------------------------------


module top (
  clk, rst, din_rsc_dat, din_rsc_vld, din_rsc_rdy, coeffs, dout_rsc_dat, dout_rsc_vld,
      dout_rsc_rdy
);
  input clk;
  input rst;
  input [7:0] din_rsc_dat;
  input din_rsc_vld;
  output din_rsc_rdy;
  input [63:0] coeffs;
  output [7:0] dout_rsc_dat;
  output dout_rsc_vld;
  input dout_rsc_rdy;


  // Interconnect Declarations
  wire [7:0] output_rsc_dat_n_block0;
  wire [7:0] output_rsc_dat_n_block1;
  wire [7:0] dout_rsc_dat_n_block2;
  wire input_rsc_rdy_n_block0_bud;
  wire output_rsc_vld_n_block0_bud;
  wire input_rsc_rdy_n_block1_bud;
  wire output_rsc_vld_n_block1_bud;
  wire din_rsc_rdy_n_block2_bud;
  wire dout_rsc_vld_n_block2_bud;


  // Interconnect Declarations for Component Instantiations 
  fir block0 (
      .clk(clk),
      .rst(rst),
      .input_rsc_dat(din_rsc_dat),
      .input_rsc_vld(din_rsc_vld),
      .input_rsc_rdy(input_rsc_rdy_n_block0_bud),
      .coeffs(coeffs),
      .output_rsc_dat(output_rsc_dat_n_block0),
      .output_rsc_vld(output_rsc_vld_n_block0_bud),
      .output_rsc_rdy(input_rsc_rdy_n_block1_bud)
    );
  fir block1 (
      .clk(clk),
      .rst(rst),
      .input_rsc_dat(output_rsc_dat_n_block0),
      .input_rsc_vld(output_rsc_vld_n_block0_bud),
      .input_rsc_rdy(input_rsc_rdy_n_block1_bud),
      .coeffs(coeffs),
      .output_rsc_dat(output_rsc_dat_n_block1),
      .output_rsc_vld(output_rsc_vld_n_block1_bud),
      .output_rsc_rdy(din_rsc_rdy_n_block2_bud)
    );
  decimator block2 (
      .clk(clk),
      .rst(rst),
      .din_rsc_dat(output_rsc_dat_n_block1),
      .din_rsc_vld(output_rsc_vld_n_block1_bud),
      .din_rsc_rdy(din_rsc_rdy_n_block2_bud),
      .dout_rsc_dat(dout_rsc_dat_n_block2),
      .dout_rsc_vld(dout_rsc_vld_n_block2_bud),
      .dout_rsc_rdy(dout_rsc_rdy)
    );
  assign din_rsc_rdy = input_rsc_rdy_n_block0_bud;
  assign dout_rsc_vld = dout_rsc_vld_n_block2_bud;
  assign dout_rsc_dat = dout_rsc_dat_n_block2;
endmodule